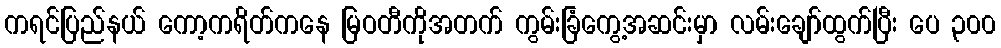
ကရင်ပြည်နယ် ကော့ကရိတ်ကနေ မြဝတီကိုအတက် ကွမ်းခြံကွေ့အဆင်းမှာ လမ်းချော်ထွက်ပြီး ပေ ၃၀၀